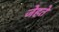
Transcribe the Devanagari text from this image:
जेहते